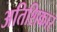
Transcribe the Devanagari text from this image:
अतिशिकार